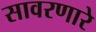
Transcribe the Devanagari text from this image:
सावरणारे